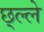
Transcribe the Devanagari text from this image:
छ्ल्ले